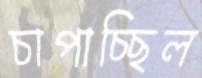
চাপাচ্ছিল